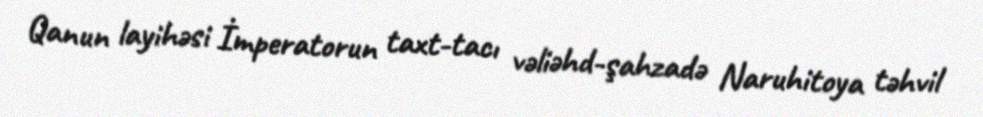
Qanun layihəsi İmperatorun taxt-tacı vəliəhd-şahzadə Naruhitoya təhvil